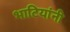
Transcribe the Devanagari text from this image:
भाटियांनी